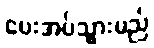
ပေးအပ်သွားမည်